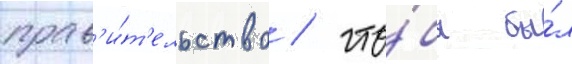
прав'и́т'ельство / что́бы бы́л